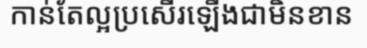
កាន់តែល្អប្រសើរឡើងជាមិនខាន